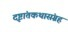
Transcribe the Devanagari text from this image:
दृष्टांतकथासंग्रह